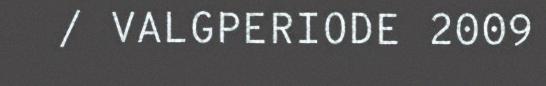
/ VALGPERIODE 2009